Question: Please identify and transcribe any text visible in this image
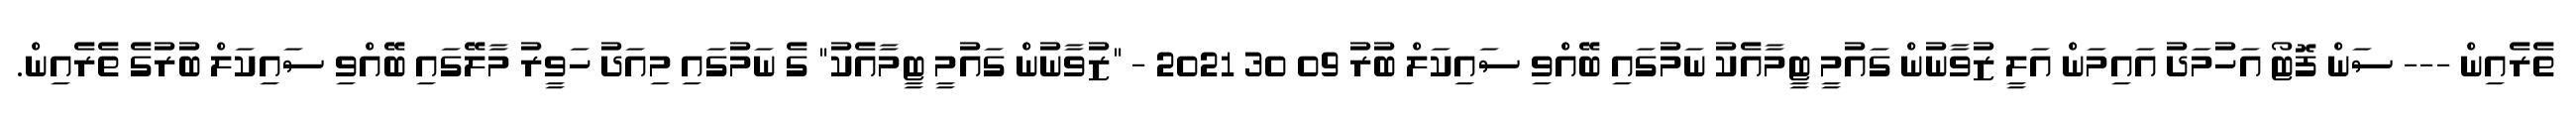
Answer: ތެރެއިން --- ސަން ފޮޓޯ އަހުމަދު އައިމަން އަލީ ޒުވާނުން ގައުމީ ޓީމާއެކު ނަމުގައި ބޭއްވި ސައިކަލް ބުރު 09 30 2021 - "ޒުވާނުން ގައުމީ ޓީމާއެކު" ގެ ނަމުގައި މިއަދު ހަވީރު މާލޭގައި ބޭއްވި ސައިކަލް ބުރުގެ ތެރެއިން.